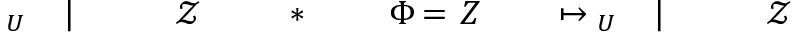
\! \! \! \! \! \! \! \! \! \! \! \ensuremath { \mathcal { Z } } \! \! \! \! \! \! \! \! \! \! \! \! \! \! \! \! \! \! \! \! \! \! \! \! | \! \! \! \! \! \! \! \! \! \! \! \! _ { U } \! \! \! \! \! \! \! \! \! \! \! \! \mapsto \! \! \! \! \! \! \! \! \! \! \! \! \! \! \! \! \! \! \! \! \! \! \! \! Z \! \! \! \! \! \! \! \! \! \! \! \! = \! \! \! \! \! \! \! \! \! \! \! \! \Phi \! \! \! \! \! \! \! \! \! \! \! \! _ { \! } \! \! \! \! \! \! \! \! \! \! \! * \! \! \! \! \! \! \! \! \! \! \! \! \! \! \! \! \! \! \! \! \! \! \! \! \ensuremath { \mathcal { Z } } \! \! \! \! \! \! \! \! \! \! \! \! \! \! \! \! \! \! \! \! \! \! \! \! | \! \! \! \! \! \! \! \! \! \! \! \! _ { U } \! \! \! \! \! \! \! \! \! \! \!